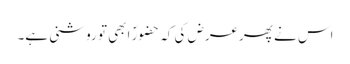
اس نے پھرعرض کی کہ حضورؐ ابھی تو روشنی ہے۔